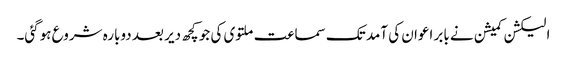
الیکشن کمیشن نے بابر اعوان کی آمد تک سماعت ملتوی کی جو کچھ دیر بعد دوبارہ شروع ہوگئی۔